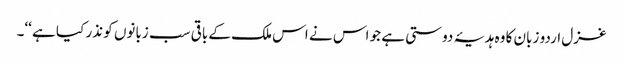
غزل اردو زبان کا وہ ہدیۂ دوستی ہے جو اس نے اس ملک کے باقی سب زبانوں کو نذر کیا ہے ‘‘۔